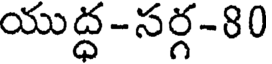
యుద్ధ-సర్గ-80